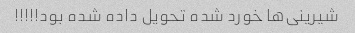
شیرینی‌ها خورد شده تحویل داده شده بود!!!!!